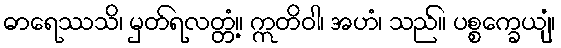
ဓာရေဿသိ၊ မှတ်ရလတ္တံ့။ ဣတိဝါ၊ အဟံ၊ သည်။ ပစ္စက္ခေယျံ၊